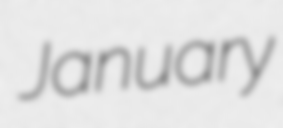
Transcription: January